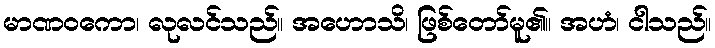
မာဏဝကော၊ လုလင်သည်။ အဟောသိ၊ ဖြစ်တော်မူ၏။ အဟံ၊ ငါသည်။